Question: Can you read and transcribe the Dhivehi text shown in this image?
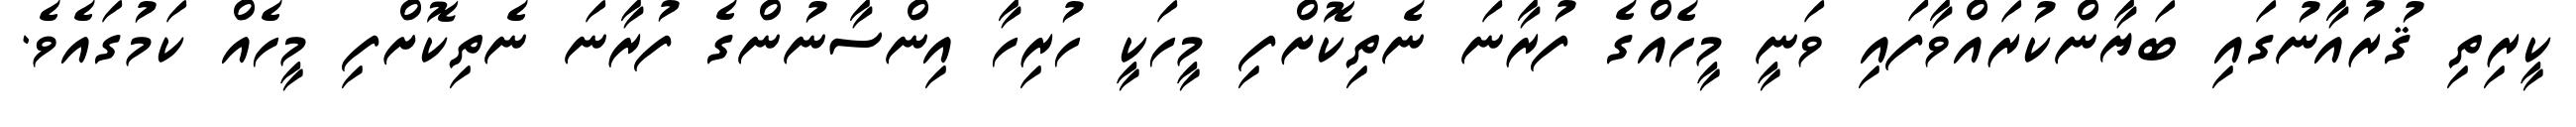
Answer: ކީރިތި ޤުރުއާނުގައި ބަޔާންކުރައްވާފައި ވަނީ މީހެއްގެ ފުރާނަ ނެތިކޮށްފި މީހަކީ ހުރިހާ އިންސާނުންގެ ފުރާނަ ނެތިކޮށްފި މީހެއް ކަމުގައެވެ.